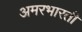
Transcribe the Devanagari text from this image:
अमरभारती